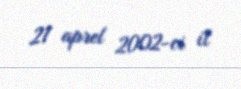
21 aprel 2002-ci il